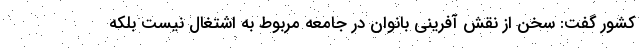
کشور گفت: سخن از نقش آفرینی بانوان در جامعه مربوط به اشتغال نیست بلکه